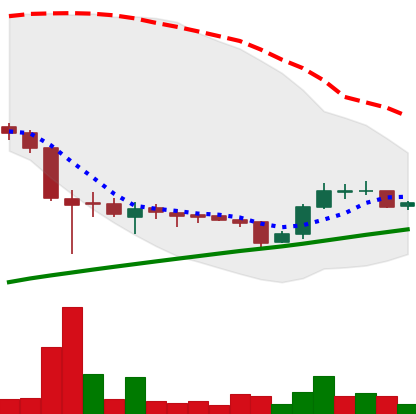
Ticker: LTC-USD
Chart end date: 2015-09-10
Forward return: -4.278%
Label: down_3_5